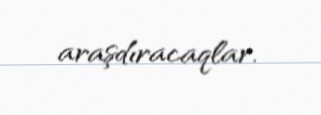
araşdıracaqlar.